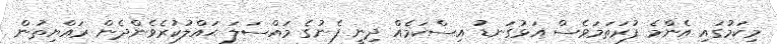
މިކަމުގައި އެންމެ ފުރަތަމަވެސް އަޅުގަނޑު އިސްކަމެއް ދިނީ ފެނުގެ މައްސަލަ ޙައްލުކުރެވެންދެން ރައްޔިތުން